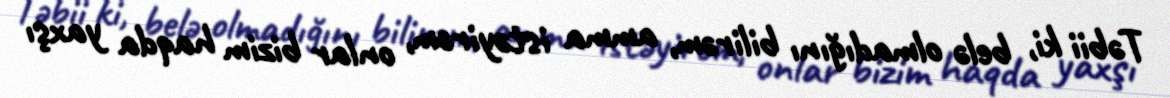
Təbii ki, belə olmadığını bilirəm, amma istəyirəm, onlar bizim haqda yaxşı